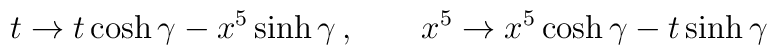
t\rightarrow t\cosh\gamma-x^5\sinh\gamma\,,\qquad x^5\rightarrow x^5\cosh\gamma-t\sinh\gamma